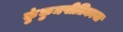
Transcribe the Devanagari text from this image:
कुंकुमपीतिकाया